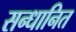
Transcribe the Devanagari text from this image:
सन्धानित